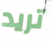
تريد